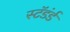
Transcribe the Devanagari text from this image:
स्टॅडंर्ड